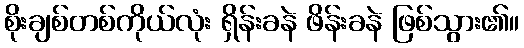
စိုးချစ်တစ်ကိုယ်လုံး ရှိန်းခနဲ ဖိန်းခနဲ ဖြစ်သွား၏။